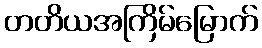
တတိယအကြိမ်မြောက်